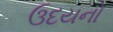
ઉદયનો